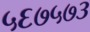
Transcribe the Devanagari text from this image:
५६७५७३